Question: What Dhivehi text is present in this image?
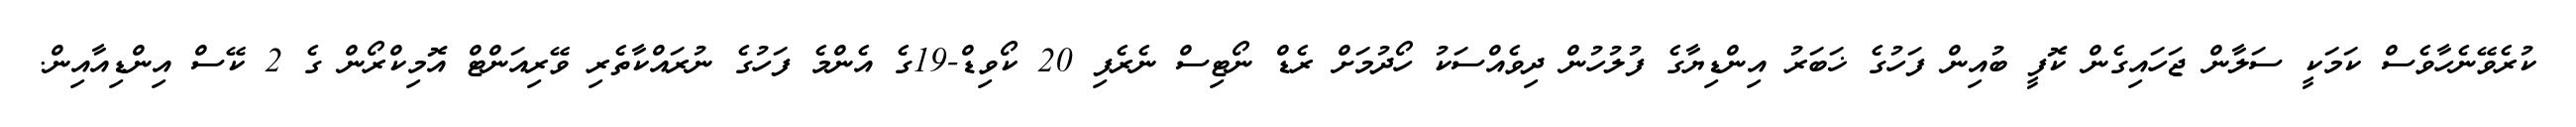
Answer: ކުރެވޭނެހާވެސް ކަމަކީ ސަލާން ޖަހައިގެން ކޮފީ ބުއިން ފަހުގެ ޚަބަރު އިންޑިޔާގެ ފުލުހުން ދިވެއްސަކު ހޯދުމަށް ރެޑް ނޯޓިސް ނެރެފި 20 ކޯވިޑް-19ގެ އެންމެ ފަހުގެ ނުރައްކާތެރި ވޭރިއަންޓް އޮމިކްރޯން ގެ 2 ކޭސް އިންޑިއާއިން.